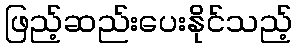
ဖြည့်ဆည်းပေးနိုင်သည့်